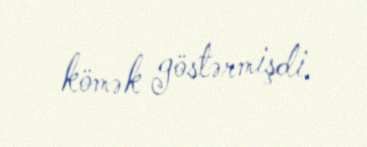
kömək göstərmişdi.